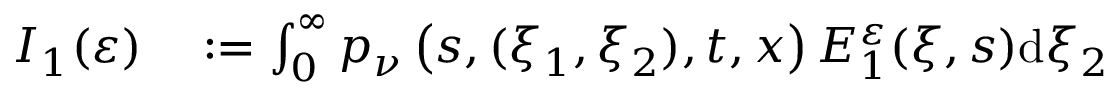
\begin{array} { r l } { I _ { 1 } ( \varepsilon ) } & { { } : = \int _ { 0 } ^ { \infty } p _ { \nu } \left( s , ( \xi _ { 1 } , \xi _ { 2 } ) , t , x \right) E _ { 1 } ^ { \varepsilon } ( \xi , s ) \mathrm { d } \xi _ { 2 } } \end{array}